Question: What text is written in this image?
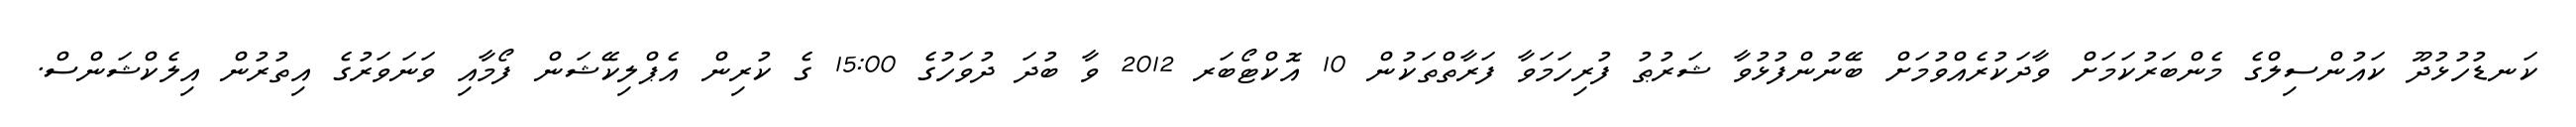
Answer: ކަނޑުހުޅުދޫ ކައުންސިލްގެ މެންބަރުކަމަށް ވާދަކުރެއްވުމަށް ބޭނުންފުޅުވާ ޝަރުޠު ފުރިހަމަވާ ފަރާތްތަކުން 10 އޮކްޓޯބަރ 2012 ވާ ބުދަ ދުވަހުގެ 15:00 ގެ ކުރިން އެޕްލިކޭޝަން ފޯމާއި ވަނަވަރުގެ އިތުރުން އިލެކްޝަންސް.